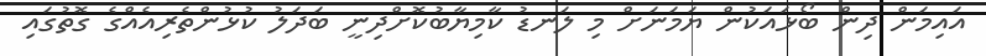
އައިމަން ދިން ބޯޅައަކުން ޔަމަނަށް މި ލަނޑު ކާމިޔާބުކޮށްދިނީ ބަދަލު ކުޅުންތެރިއެއްގެ ގޮތުގައި